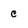
Character: c